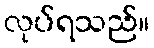
လုပ်ရသည်။